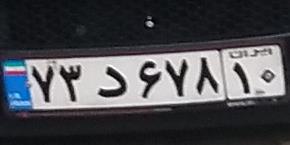
۷۳د۶۷۸۱۰